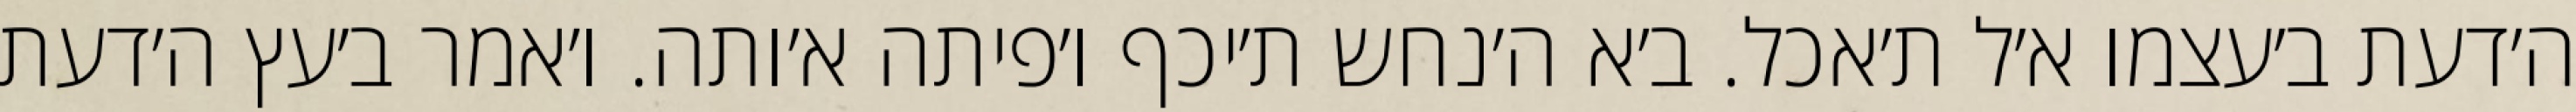
ה׳דעת ב׳עצמו א׳ל ת׳אכל. ב׳א ה׳נחש ת׳יכף ו׳פיתה א׳ותה. ו׳אמר ב׳עץ ה׳דעת